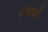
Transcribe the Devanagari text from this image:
रुवाबों